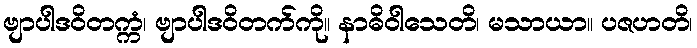
ဗျာပါဒဝိတက္ကံ၊ ဗျာပါဒဝိတက်ကို။ နာဓိဝါသေတိ၊ မသာယာ။ ပဇဟတိ၊